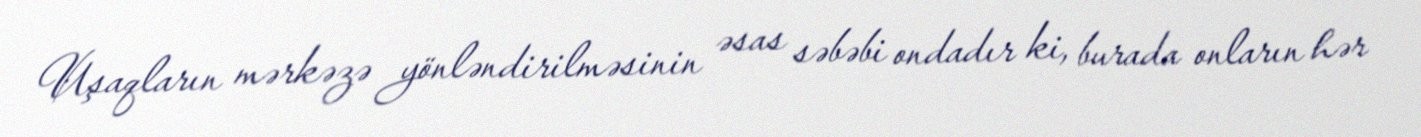
Uşaqların mərkəzə yönləndirilməsinin əsas səbəbi ondadır ki, burada onların hər